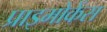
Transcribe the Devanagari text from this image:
प्राइमोकेंस